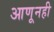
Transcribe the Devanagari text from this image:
आणूनही